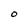
Character: O